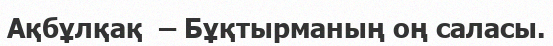
Ақбұлқақ  – Бұқтырманың оң саласы.